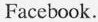
Facebook.